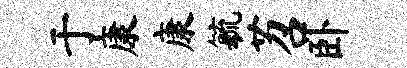
于康康毓苕卧